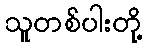
သူတစ်ပါးတို့